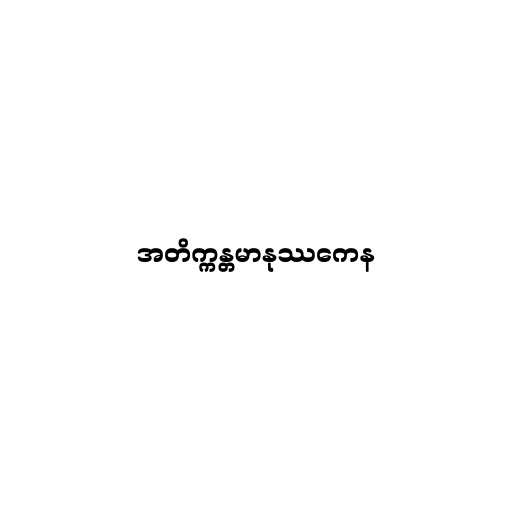
အတိက္ကန္တမာနုဿကေန